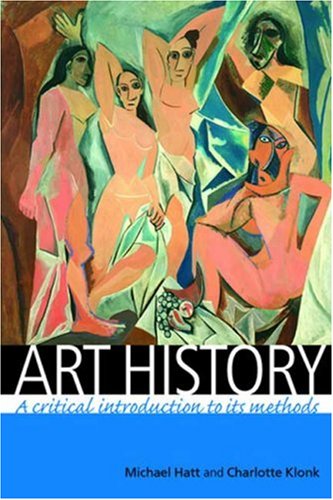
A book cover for Art history: A critical introduction to its methods; Michael Hatt; Arts & Photography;